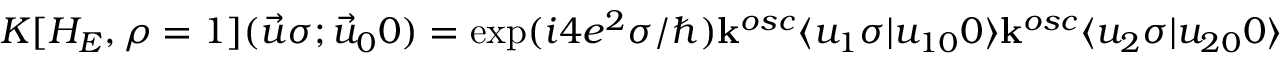
K [ H _ { E } , \rho = 1 ] ( \vec { u } \sigma ; \vec { u } _ { 0 } 0 ) = \exp ( i 4 e ^ { 2 } \sigma / \hbar ) { \bf k } ^ { o s c } \langle u _ { 1 } \sigma \vert u _ { 1 0 } 0 \rangle { \bf k } ^ { o s c } \langle u _ { 2 } \sigma \vert u _ { 2 0 } 0 \rangle